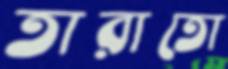
তারাতো